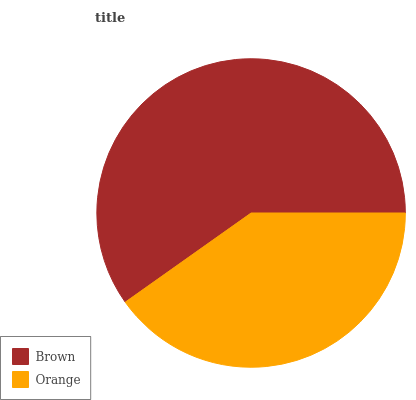
| Brown | Orange |
 | --- | --- |
 | 59.8% | 40.2% |